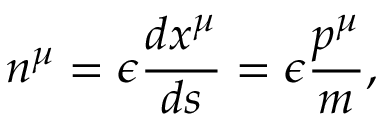
n ^ { \mu } = \epsilon \frac { d x ^ { \mu } } { d s } = \epsilon \frac { p ^ { \mu } } m ,